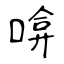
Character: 啽